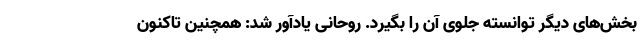
بخش‌های دیگر توانسته جلوی آن را بگیرد. روحانی یادآور شد: همچنین تاکنون